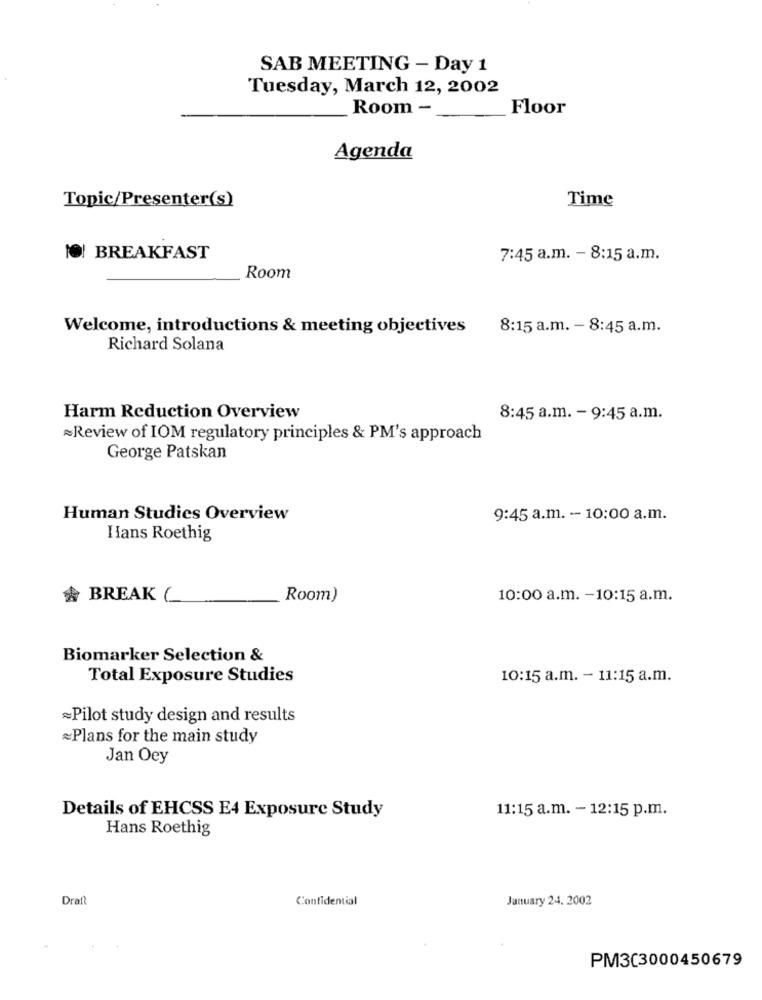
SAB MEETING - Day 1
Tuesday, March 12, 2002
Room -
Floor
Agenda
Topic/Presenter(s)
Time
10! BREAKFAST
7:45 a.m. - 8:15 a.m.
Room
Welcome, introductions & meeting objectives
8:15 a.m. - 8:45 a.m.
Richard Solana
Harm Reduction Overview
8:45 a.m. - 9:45 a.m.
Review of IOM regulatory principles & PM's approach
George Patskan
Human Studies Overview
9:45 a.m. - 10:00 a.m.
Hans Roethig
BREAK (
Room)
10:00 a.m. - 10:15 a.m.
Biomarker Selection &
Total Exposure Studies
10:15 a.m. - 11:15 a.m.
~Pilot study design and results
&Plans for the main study
Jan Oey
Details of EHCSS E4 Exposure Study
11:15 a.m. - 12:15 p.m.
Hans Roethig
Draft
Confidential
January 24. 2002
PM3C3000450679